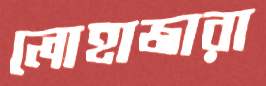
লোহাজারা